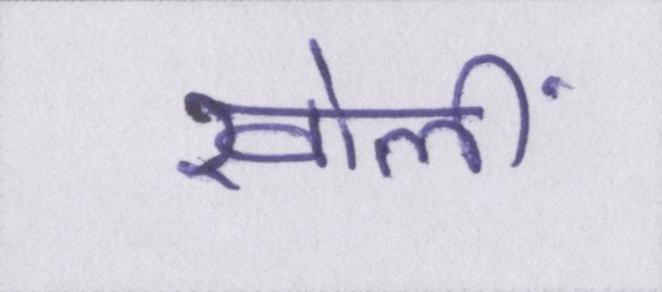
खोलीं